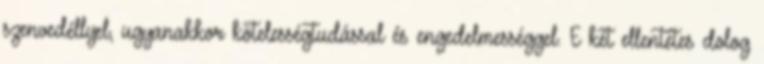
szenvedéllyel, ugyanakkor kötelességtudással és engedelmességgel. E két ellentétes dolog